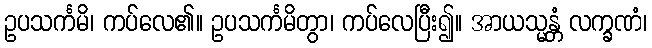
ဥပသင်္ကမိ၊ ကပ်လေ၏။ ဥပသင်္ကမိတွာ၊ ကပ်လေပြီး၍။ အာယသ္မန္တံ လက္ခဏံ၊